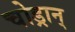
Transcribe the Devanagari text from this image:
चोड्रान्‌